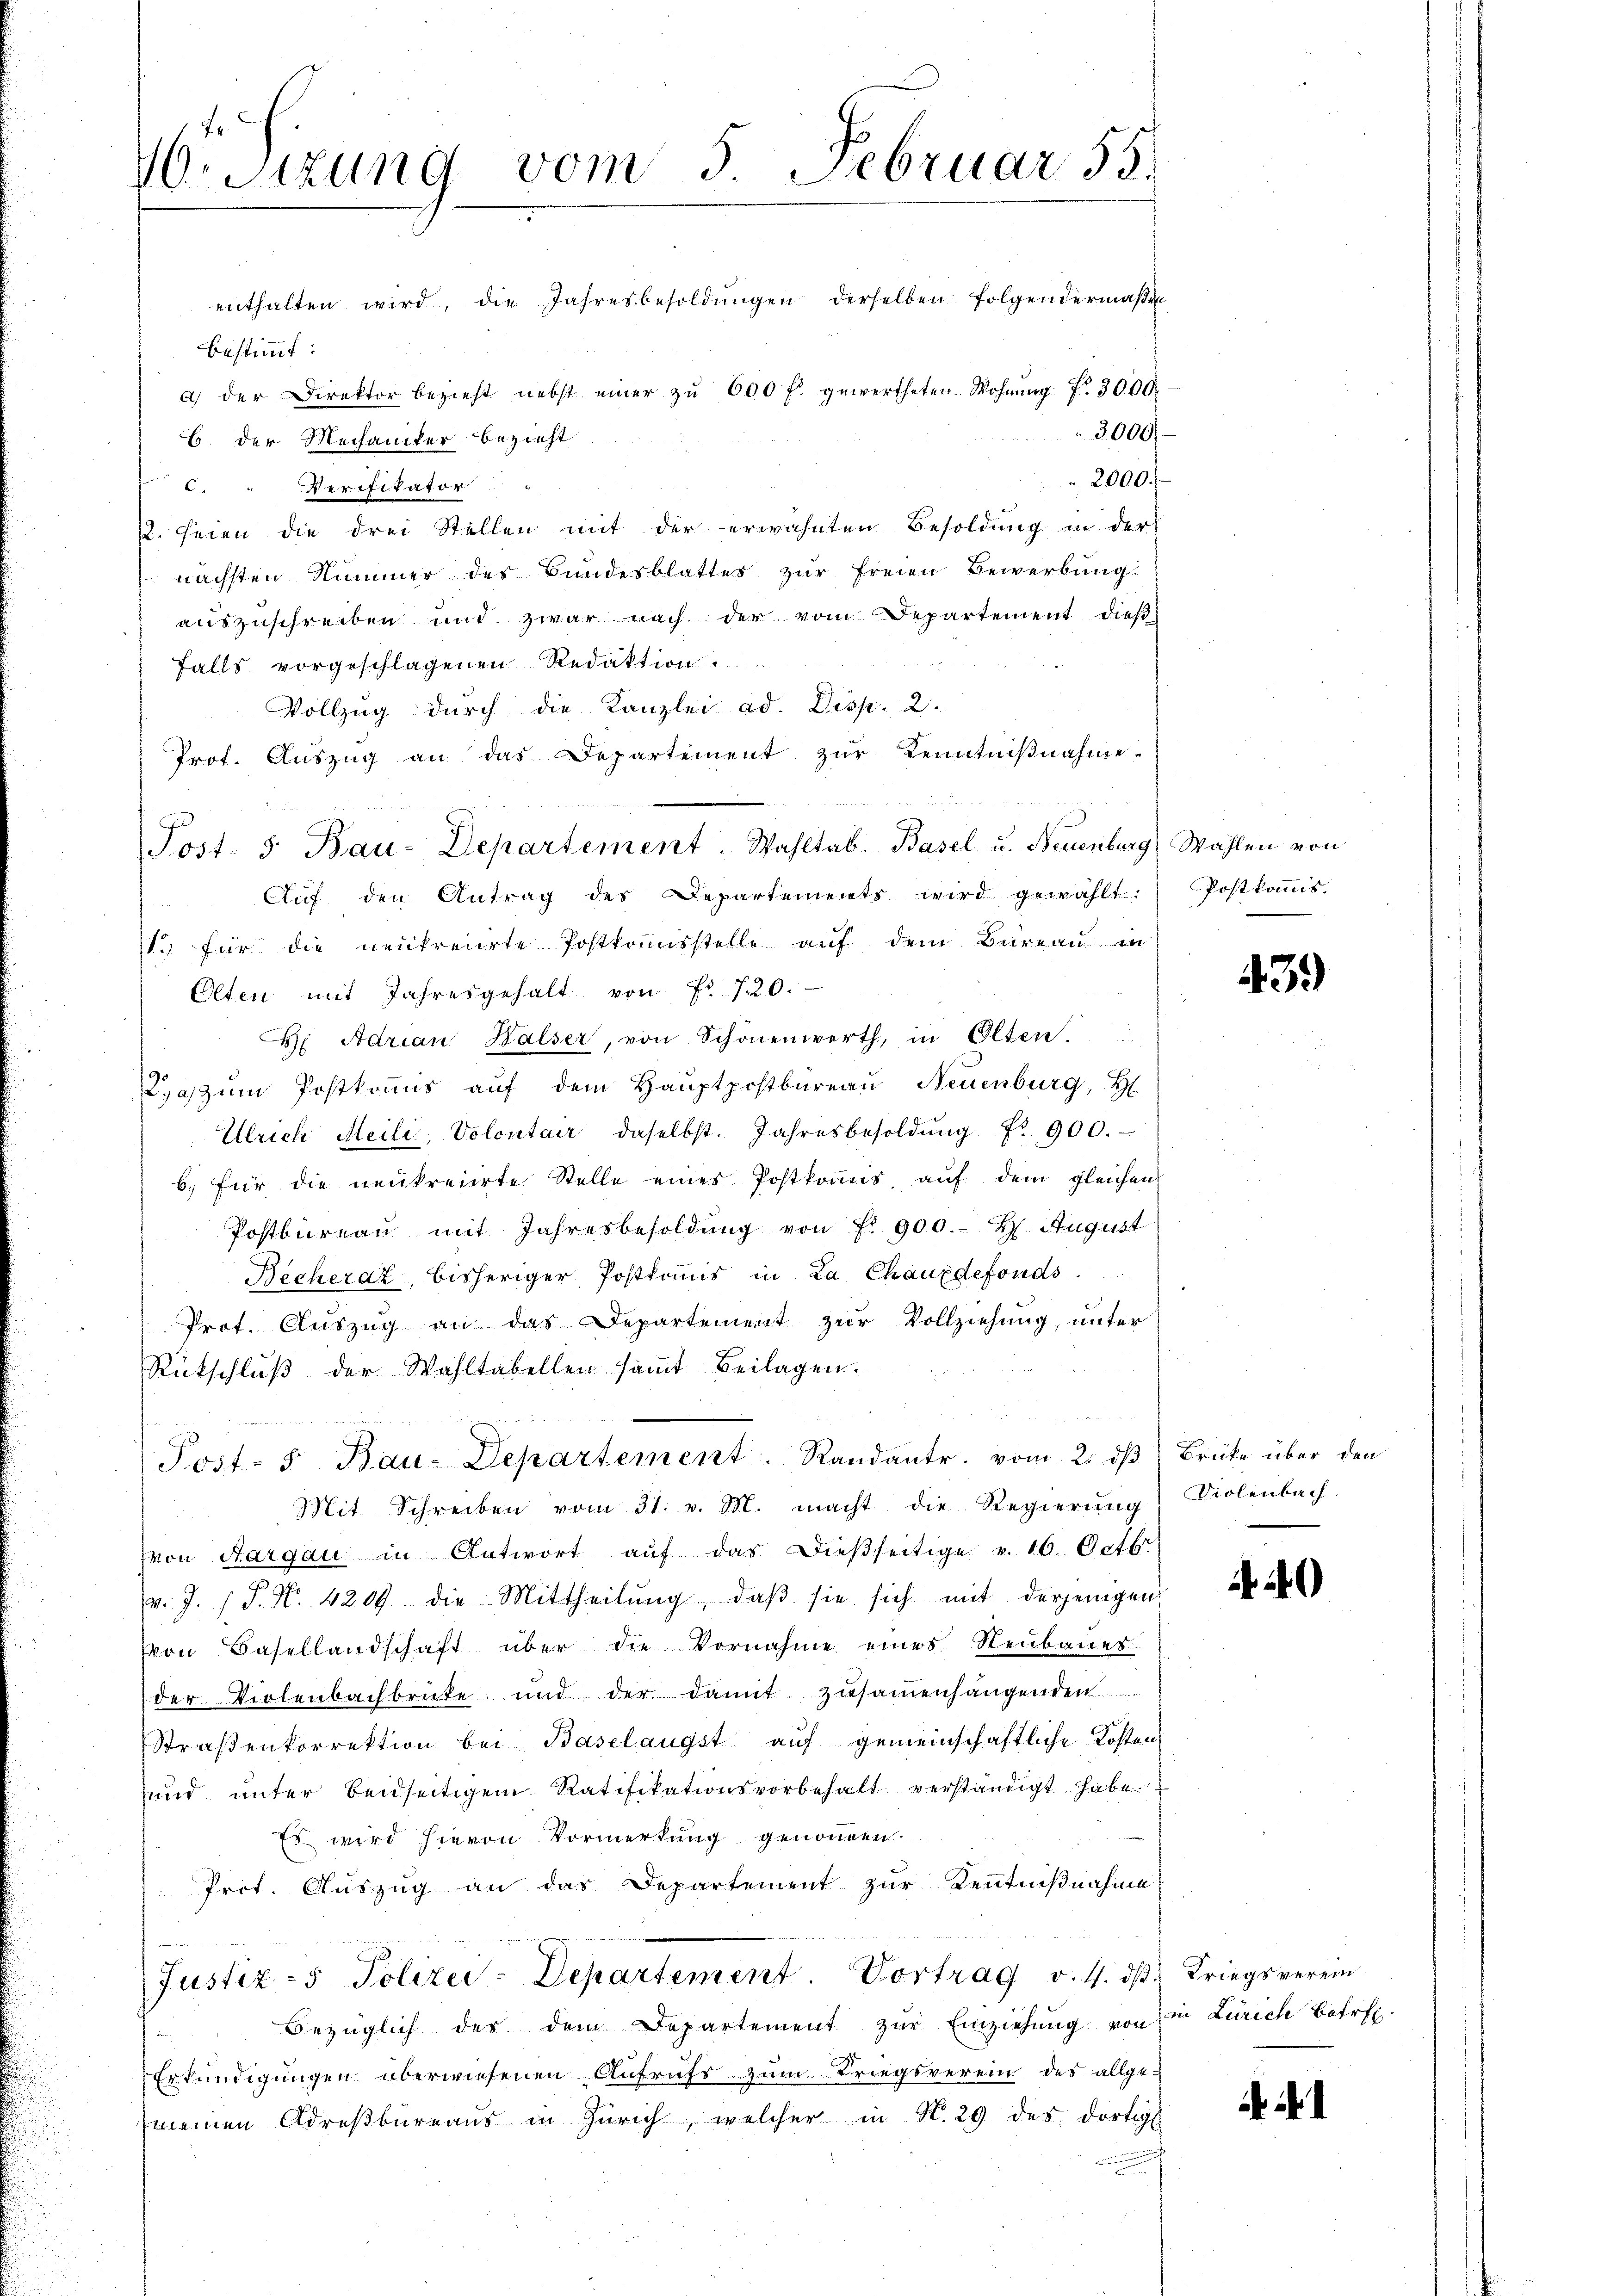
16. Sizung vom 5. Februar 55.

enthalten wird, die Jahresbesoldŭngen derselben folgendermaβe
bestimmt:
a) der Direktor bezieht nebst einer zŭ 600 fl. gewertheten Wohnŭng Nr. 3000.
3000.-
B. der Mechaniker bezieht
 2000.
C. " Verifikator
2. Seien die drei Stellen mit der erwähnten Besoldung in der
nächsten Nummer des Bundesblattes zur freien Bewerbung
auszuschreiben und zwar nach der vom Departement dieβ-
falls vorgeschlagenen Redaktion.
Vollzug durch die Kanzlei ad. Disp. 2.
Prot. Aŭszŭg an das Departement zŭr Kenntniβnahme.
Aŭf den Antrag des Departements wird gewählt. Postkoṁis-
1. für die neutreiirte Postkoṁisstelle aŭf dem Büreaŭ in
Elten mit Jahresgehalt von Fr. 720.
 Adrian Halser, von Schönenwerth, in Olten.
Laszŭm Postkomis aŭf dem Haŭptpostbüreaŭ Neuenburg, H
Ulrich Meili, Volontair daselbst. Jahresbesoldŭng Nr. 900.
b.) Für die neukreiirte Stelle eines Postkomis, auf dem gleichen
Postbüreau mit Jahresbesoldung von Fr. 900.- H. August
Becheraz, bisheriger Postkomis in La Chauxdefonds.
Prof. Aŭszŭg an das Departement zŭr Vollziehung, unter
Rückschluß der Wahltabellen samt Beilagen.
Post- 5. Bau-Departement. Randant. vom 2. dβ Brüke über den
Mit Schreiben vom 31. v. M. macht die Regierŭng Biolenbach.
(von Aargau in Antwort aŭf das dießseitige v. 10. Octbr
v. J. J. P. Nr. 4209. die Mittheilŭng, daβ sie sich mit derjenigen
von Basellandschaft über die Vornahme eines Neubaues
der Violenbachbrüte und der damit zusammenhängenden
Straβenkorrektion bei Baselangst auf gemeinschaftliche Kosten
und unter beidseitigem Ratifikationsvorbehalt verständigt habe.
Es wird hievon Vormerkung genommen.
Prot. Auszug an das Departement zur Kenntnißnahme
Justiz- & Polizei-Departement Vortrag v. 4. dβ. Kriegsverein
Bezüglich des dem Departement zŭr Einziehŭng von in Zürich betr.
Erkundigungen überwiesenen Aufrufs zum Kriegsverein des allge-
meinen Adresbüreaŭs in Zürich, welcher in N. 29 des dortig

d
Post- 5. Bau-Departement. Wahltab. Basel u. Neuenburg) Wahlen von

439)

4